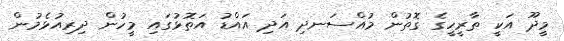
މީދޫ އަކީ ތާރީހީގެ ގޮތުން މުއްސަނދި އަދި އައްޑު އަތޮޅުގައި މީހުން ދިރިއުޅެމުން